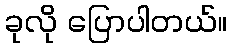
ခုလို ပြောပါတယ်။